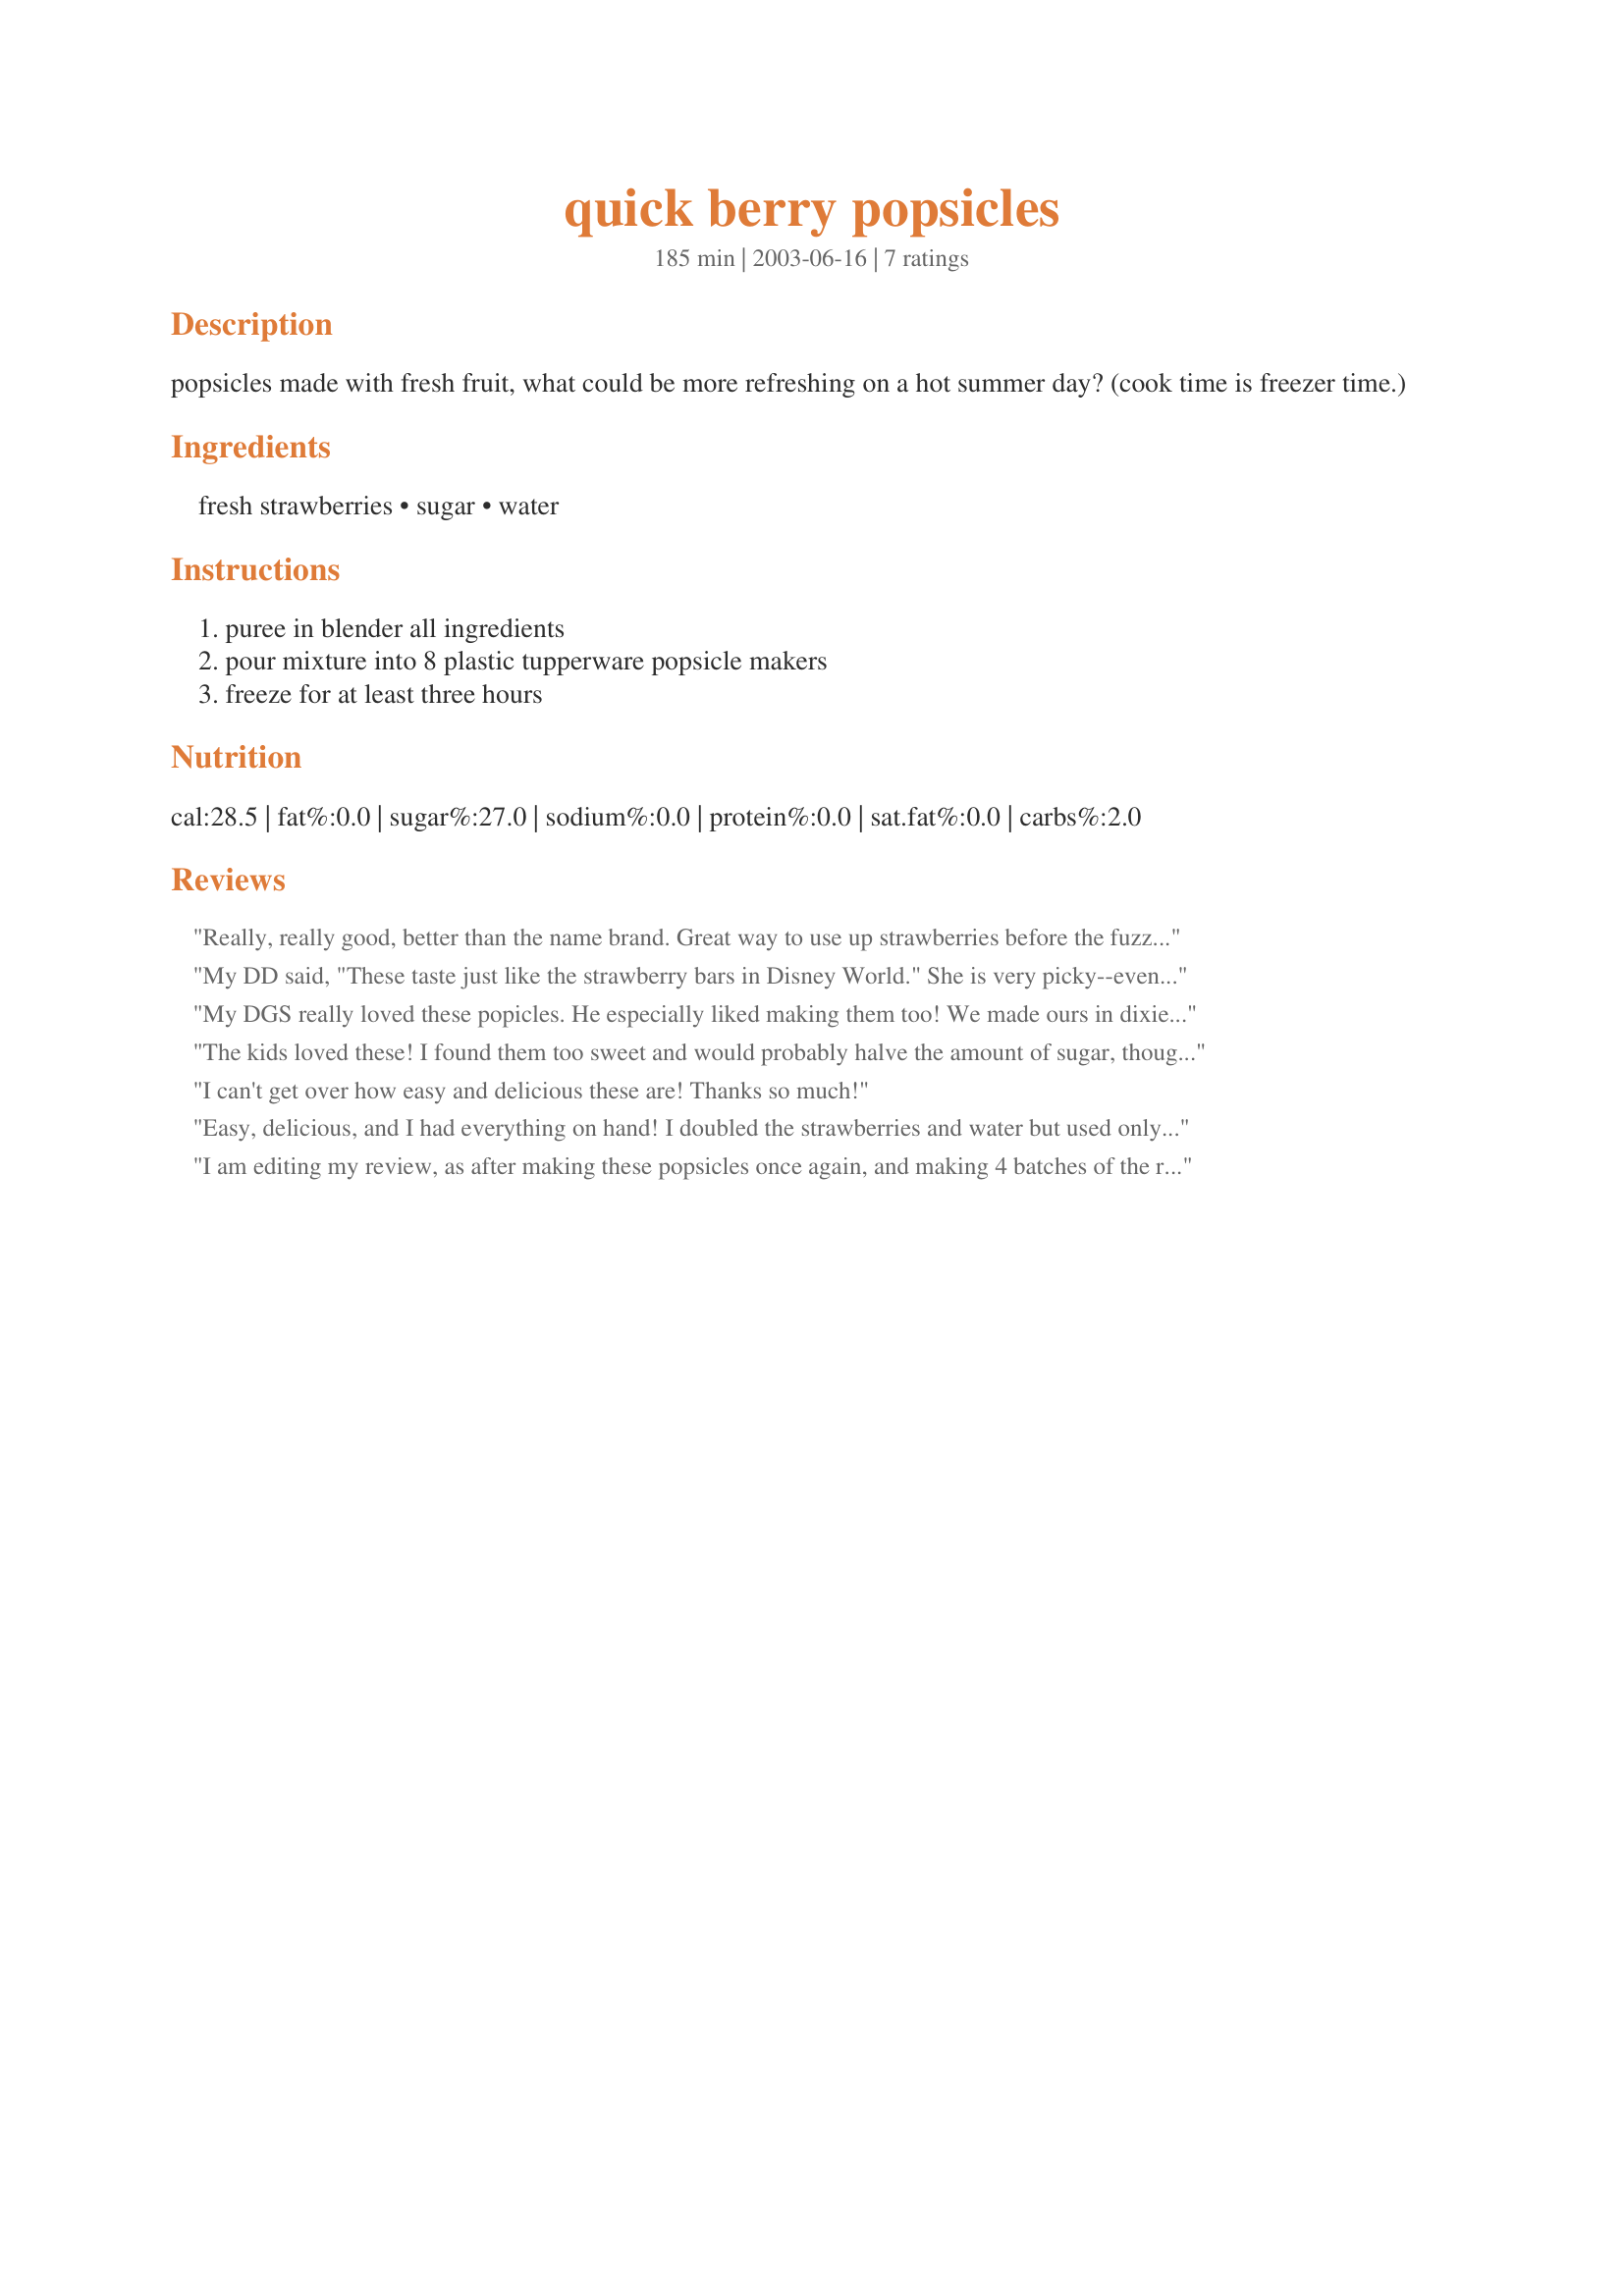
quick berry popsicles
Preparation time: 185 minutes

popsicles made with fresh fruit, what could be more refreshing on a hot summer day? (cook time is freezer time.)

Ingredients:
fresh strawberries, sugar, water

Steps:
puree in blender all ingredients, pour mixture into 8 plastic tupperware popsicle makers, freeze for at least three hours

Reviews:
Really, really good, better than the name brand. Great way to use up strawberries before the fuzz sets in.
Thank You Anissa, our DS's enjoyed them
My DD said, "These taste just like the strawberry bars in Disney World." She is very picky--even when it comes to sweets. Thanks for a simple to make dessert that she can enjoy.
My DGS really loved these popicles. He especially liked making them too! We made ours in dixie cups. He couldn't wait to try one, so as soon as they were frozen he got to try one, and he said, "Grammy, these are the best sicles I have ever had", so I guess he REALLY liked them! I will make often during the warm weather for the kids for an enjoyable treat!
The kids loved these! I found them too sweet and would probably halve the amount of sugar, though this would depend entirely on the sweetness of the berries. Really pretty popsicles with no artificial coloring or corn syrup. A great way to use up some strawberries. Thanks, Anissa, for sharing your recipe!
I can't get over how easy and delicious these are! Thanks so much!
Easy, delicious, and I had everything on hand! I doubled the strawberries and water but used only 1/4 c. sugar. My strawberries were in season and quite sweet on their own. I will be making these often!
I am editing my review, as after making these popsicles once again, and making 4 batches of the recipe, this time it had made 14 popsicles rather than 20. It didn't matter though, as I had made enough to fill 35 popsicle molds, as this is still my favorite home-made popsicle recipe. 
This is my 1st review which was posted on July 11, 2009: Anissa, these are "the best" tasting home-made popsicles I've ever made. I wish I could give this recipe more than 5 stars. However, I found the amount of ingredients listed, does not make 8 servings, but rather 3.75 (3 oz.) popsicles, nor do the popsicles freeze completely after 3 hrs. I even checked them after 5 hours, and they still weren't ready to be eaten. I think it's best to leave them sit over night in the freezer. I also found I had to make at least 4 batches of the recipe, in order to make 20-(3 oz.) popsicles. We did notice that these popsicles don't freeze hard like the store brand popsicles, or other home-made popsicles, but they freeze up enough to be eaten w/o melting too fast, and boy are these delicious. It's just like biting into a fresh strawberry. I plan on making these every year when it's berry pickin time. Thank heavens our neighbors grow and sell fresh strawberries, and thank heavens I found this recipe. It's definitely a keeper! Thank you for the recipe Anissa.
